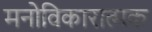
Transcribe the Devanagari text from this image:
मनोविकारात्मक